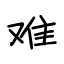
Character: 难